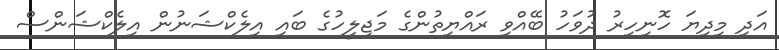
އަދި މިދިޔަ ހޮނިހިރު ދުވަހު ބޭއްވި ރައްޔިތުންގެ މަޖިލީހުގެ ބައި އިލެކްޝަނުން އިލެކްޝަންސް